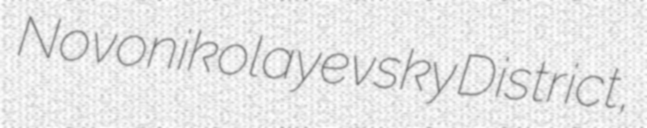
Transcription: Novonikolayevsky District,